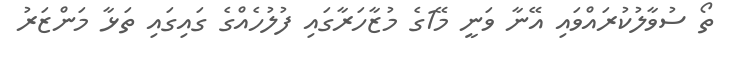
ތޯ ސުވާލުކުރައްވައި އޭނާ ވަނީ މޭ1ގެ މުޒާހަރާގައި ފުލުހެއްގެ ގައިގައި ތަޅާ މަންޒަރު